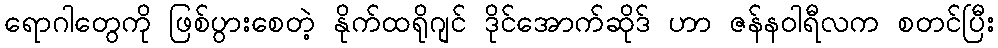
ရောဂါတွေကို ဖြစ်ပွားစေတဲ့ နိုက်ထရိုဂျင် ဒိုင်အောက်ဆိုဒ် ဟာ ဇန်နဝါရီလက စတင်ပြီး